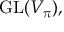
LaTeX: { \mathrm { G L } } ( V _ { \pi } ) ,